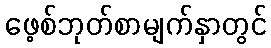
ဖေ့စ်ဘုတ်စာမျက်နှာတွင်